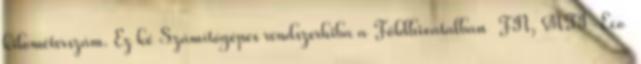
kilométerszám. Ez ké Számítógépes rendszerhiba a Földhivatalban FN, MTI-Eco